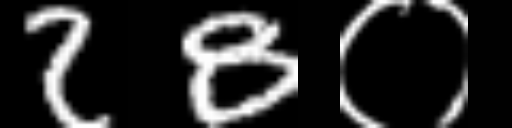
Text: 28०